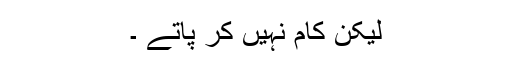
لیکن کام نہیں کر پاتے ۔